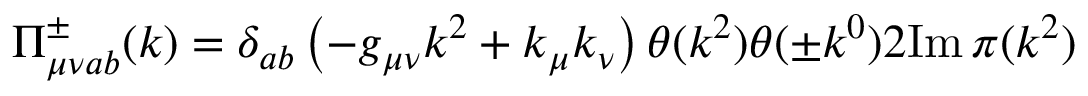
\Pi _ { \mu \nu a b } ^ { \pm } ( k ) = \delta _ { a b } \left( - g _ { \mu \nu } k ^ { 2 } + k _ { \mu } k _ { \nu } \right) \theta ( k ^ { 2 } ) \theta ( \pm k ^ { 0 } ) 2 \mathrm { I m } \, \pi ( k ^ { 2 } )